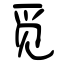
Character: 觅